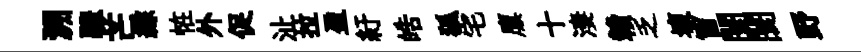
溯驟芒綜恠外促沚拉盈紆皓狐宅廪十淒贛乏壞窗闤闤野